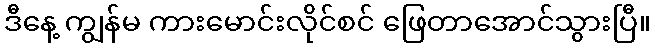
ဒီနေ့ ကျွန်မ ကားမောင်းလိုင်စင် ဖြေတာအောင်သွားပြီ။